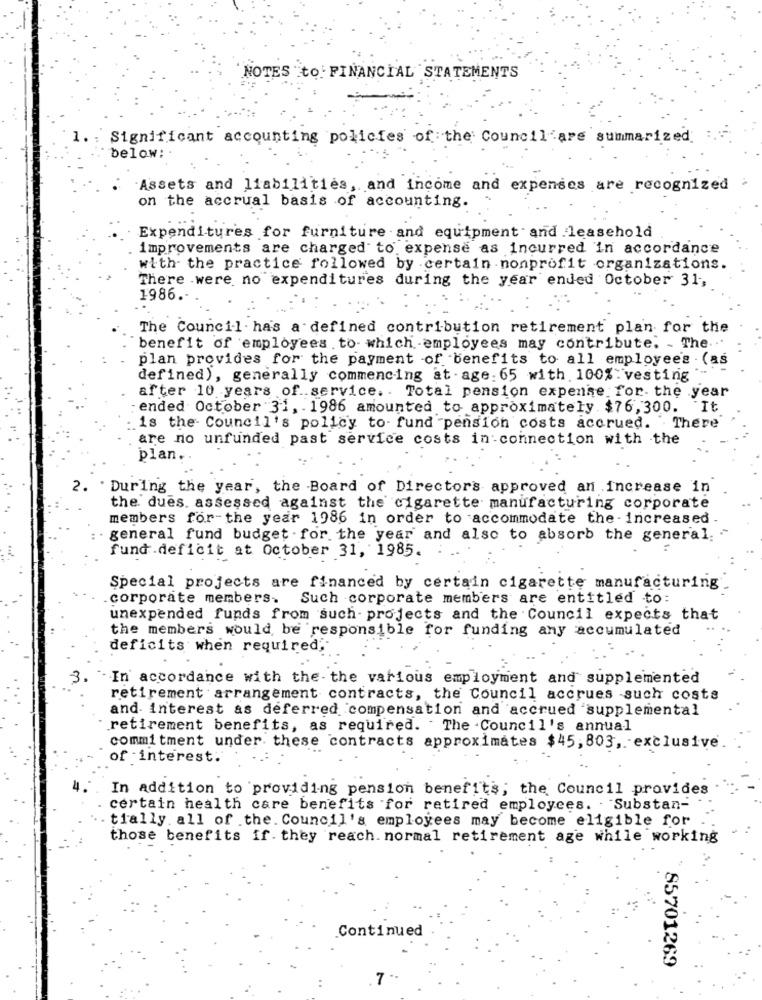
NOTES to FINANCIAL STATEMENTS
Significant accounting policies of the Council are summarized
below: .
Assets and liabilities, and income and expenses are recognized
on the accrual basis of accounting.
Expenditures for furniture and equipment and leasehold
improvements are charged" to expense as incurred in accordance
with the practice followed by certain nonprofit organizations.
There were no expenditures during the year ended October 31,
1986 .-
The Council. has a defined contribution retirement plan for the
benefit of employees to- which -employees may contribute. - The ...
plan provides for the payment of benefits to all employees . (as
defined), generally commencing at -age: 65 with 100% : vesting
after 10 years of. service .. Total pension expense for- the year
ended October 31, 1986 amounted to approximately $76,300. It
is the Council's policy to- fund pension costs accrued. There
are no unfunded past service costs in connection with the
plan ..
2. ' During the year, the Board of Directors approved an increase in
the dues. assessed against the cigarette manufacturing corporate
members for-the year 1986 in order to accommodate the -increased
general fund budget for the year and also to absorb the general. .
fund .deficit at October 31, 1985.
Special projects are financed by certain cigarette manufacturing
.corporate members. Such corporate members are entitled to:
unexpended funds from such- projects and the Council expects that
the members would be responsible for funding any accumulated
deficits when required;
In accordance with the-the various employment and supplemented
retirement arrangement contracts, the Council accrues such costs
and interest as deferred compensation and accrued supplemental
retirement benefits, as required. The Council's annual
commitment under these contracts approximates $45, 803, exclusive
of interest.
In addition to providing pension benefits; the Council provides
certain health care benefits for retired employees. "Substan-
tially. all of .the. Council's employees may become eligible for
those benefits if. they reach. normal retirement age while working
Continued
85701269
7